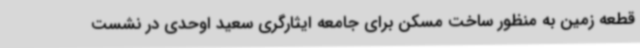
قطعه زمین به منظور ساخت مسکن برای جامعه ایثارگری سعید اوحدی در نشست